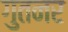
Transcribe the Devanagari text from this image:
गुतनर